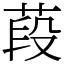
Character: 葮